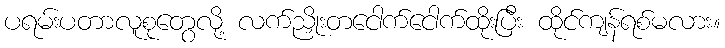
ပရမ်းပတာလူစုတွေလို့ လက်ညှိုးတငေါက်ငေါက်ထိုးပြီး ထိုင်ကျန်ရစ်မလား။